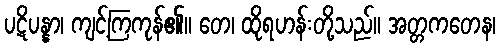
ပဋိပန္နာ၊ ကျင့်ကြကုန်၏။ တေ၊ ထိုရဟန်းတို့သည်။ အတ္တကတေန၊